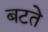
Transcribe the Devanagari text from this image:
बटते